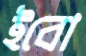
ইবো